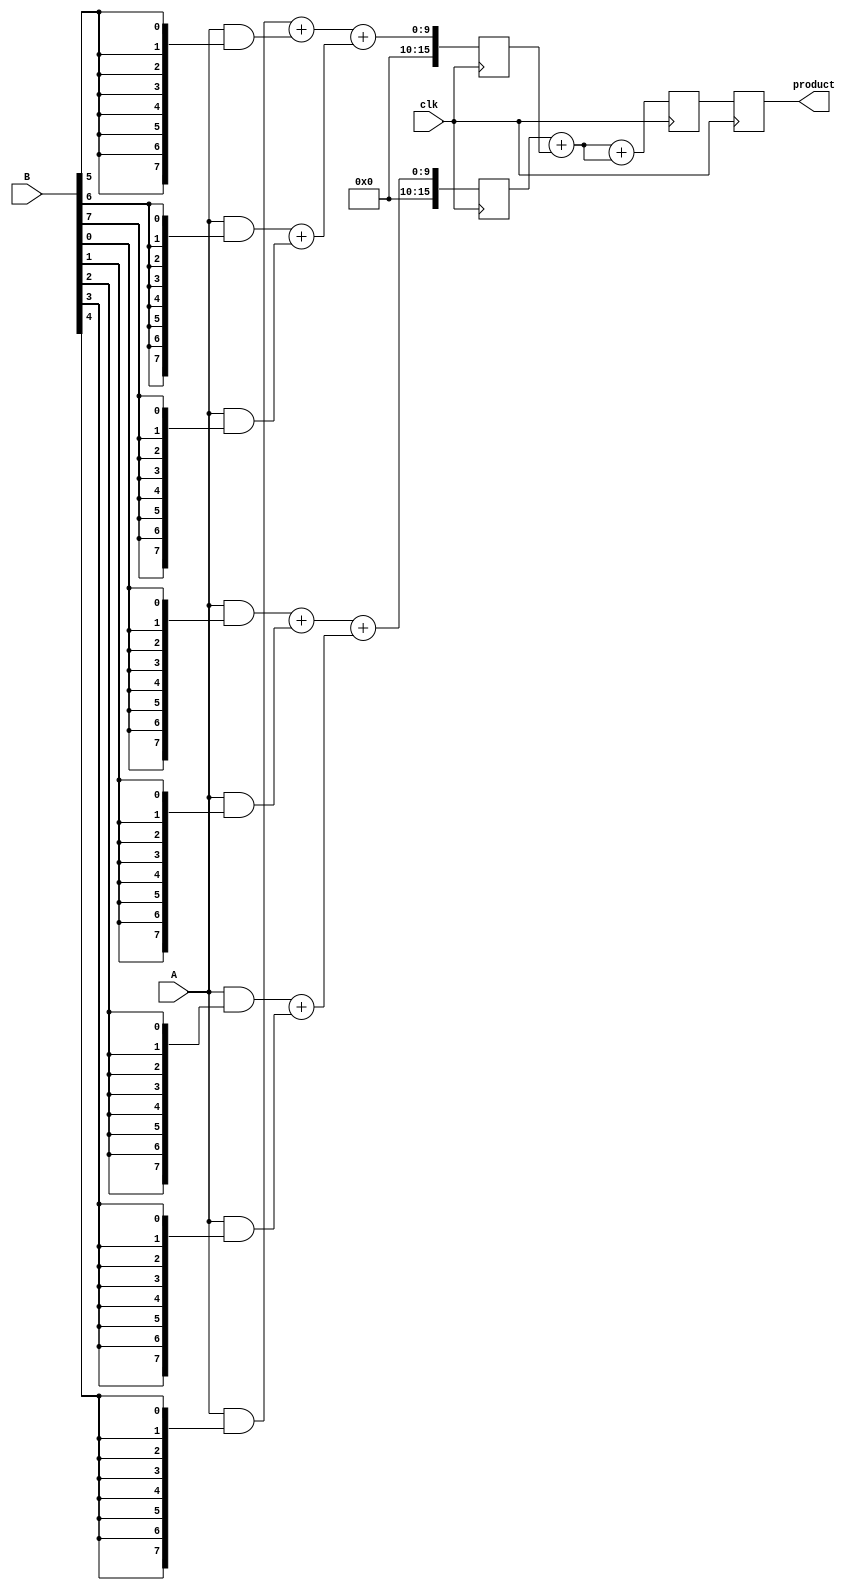
module PipelinedWallaceTreeMultiplier #(parameter N = 8) (
    input wire clk,
    input wire [N-1:0] A,
    input wire [N-1:0] B,
    output reg [2*N-1:0] product
);
    
    // Stage 1: Partial Product Generation
    reg [N-1:0] pp [0:N-1];  // Partial products
    integer i, j;

    // Stage 2: Wallace Tree Reduction
    reg [2*N-1:0] sum_0 [0:N-1];    // Sums from the first stage
    reg [2*N-1:0] sum_1 [0:N/2];    // Sums from the second stage
    reg [2*N-1:0] carry_0 [0:N-1];  // Carries from the first stage
    reg [2*N-1:0] carry_1 [0:N/2];  // Carries from the second stage

    // Stage 3: Final Addition
    reg [2*N-1:0] final_sum;
    reg [2*N-1:0] final_carry;

    // Stage 4: Output Register
    reg [2*N-1:0] reg_product;

    // Partial Product Generation
    always @* begin
        for (i = 0; i < N; i = i + 1) begin
            pp[i] = A & {N{B[i]}};
        end
    end

    // Wallace Tree Reduction
    always @(posedge clk) begin
        // First stage of reduction
        for (i = 0; i < N; i = i + 1) begin
            if (i % 2 == 0) begin
                sum_0[i/2] = pp[i] + pp[i + 1];
                carry_0[i/2] = {1'b0, pp[i]} + {1'b0, pp[i + 1]};
            end
        end

        // Second stage of reduction
        for (i = 0; i < N/2; i = i + 1) begin
            sum_1[i] = sum_0[i * 2] + sum_0[i * 2 + 1];
            carry_1[i] = {1'b0, sum_0[i * 2]} + {1'b0, sum_0[i * 2 + 1]};
        end
    end

    // Final addition and output register
    always @(posedge clk) begin
        final_sum = sum_1[0] + sum_1[1];
        final_carry = {1'b0, sum_1[0]} + {1'b0, sum_1[1]};

        // Store result in output register
        reg_product <= final_sum + final_carry;
        product <= reg_product;
    end
    
endmodule